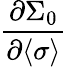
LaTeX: \frac{\partial\Sigma_{0}}{\partial\langle\sigma\rangle}